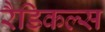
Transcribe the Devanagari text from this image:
रैडिकल्स